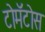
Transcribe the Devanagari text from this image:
टोमॅटोस